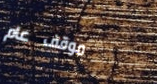
موقف عام